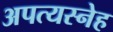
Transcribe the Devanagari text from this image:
अपत्यस्नेह